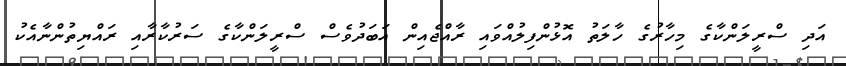
އަދި ސްރީލަންކާގެ މިހާރުގެ ހާލަތު އޮޅުންފިލުއްވައި ރާއްޖެއިން އަބަދުވެސް ސްރީލަންކާގެ ސަރުކާރާއި ރައްޔިތުންނާއެކު